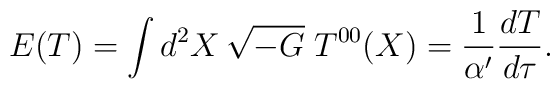
E(T)=\int d^2X\,\sqrt{-G}\;T^{00}(X)=\frac{1}{\alpha'}\frac{dT}{d\tau}.